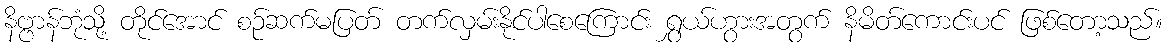
နိဗ္ဗာန်ဘုံသို့ တိုင်အောင် စဉ်ဆက်မပြတ် တက်လှမ်းနိုင်ပါစေကြောင်း ရွှယ်ဟွားအတွက် နိမိတ်ကောင်းပင် ဖြစ်တော့သည်။